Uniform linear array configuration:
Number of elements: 12
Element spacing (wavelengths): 0.5
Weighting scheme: blackman
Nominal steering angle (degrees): -45
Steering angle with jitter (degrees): -46.607
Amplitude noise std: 0.05
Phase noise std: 0.05

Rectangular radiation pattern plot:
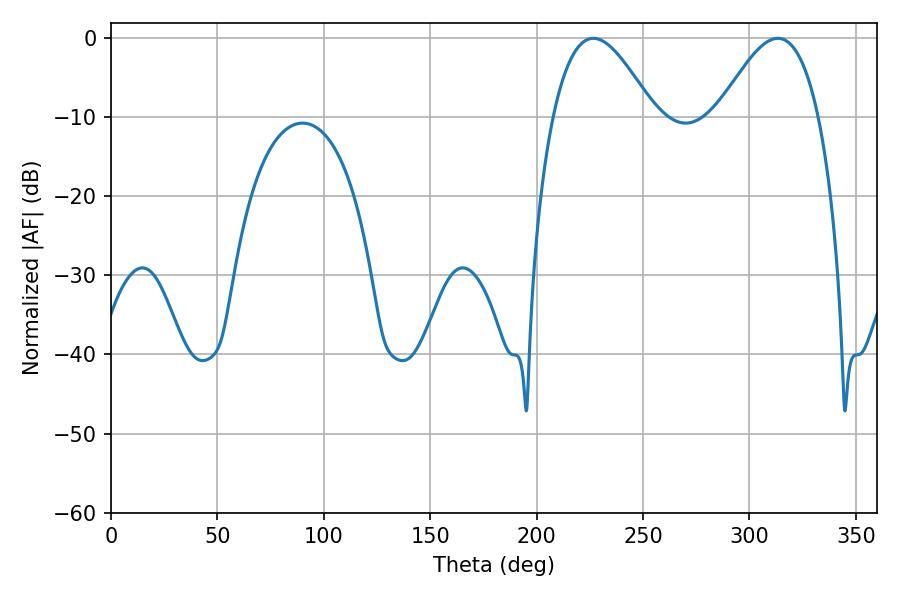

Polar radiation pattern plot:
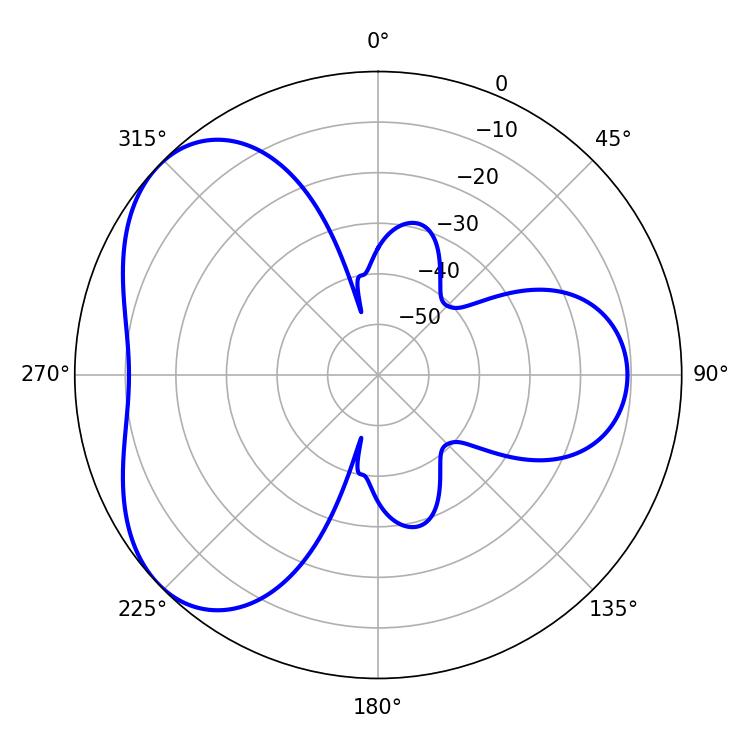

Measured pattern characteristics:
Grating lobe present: FALSE
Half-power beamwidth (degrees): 25.56
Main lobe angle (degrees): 226.62